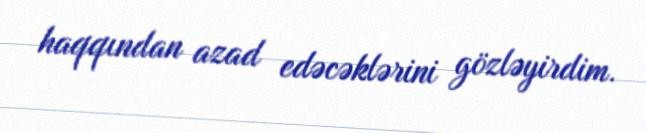
haqqından azad edəcəklərini gözləyirdim.